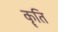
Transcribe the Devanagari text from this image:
कॄति